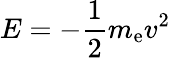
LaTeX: E=-{\frac{1}{2}}m_{\mathrm{e}}v^{2}